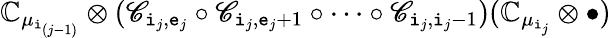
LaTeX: {\mathbb C}_{\mu_{\mathtt{i}_{(j-1)}}}\otimes(\mathscr C_{\mathtt{i}_{j},\mathtt{e}_{j}}\circ\mathscr C_{\mathtt{i}_{j},\mathtt{e}_{j}+1}\circ\cdots\circ\mathscr C_{\mathtt{i}_{j},\mathtt{i}_{j}-1})({\mathbb C}_{\mu_{\mathtt{i}_{j}}}\otimes\bullet)